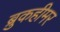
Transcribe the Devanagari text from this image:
ब्रुकहीमर